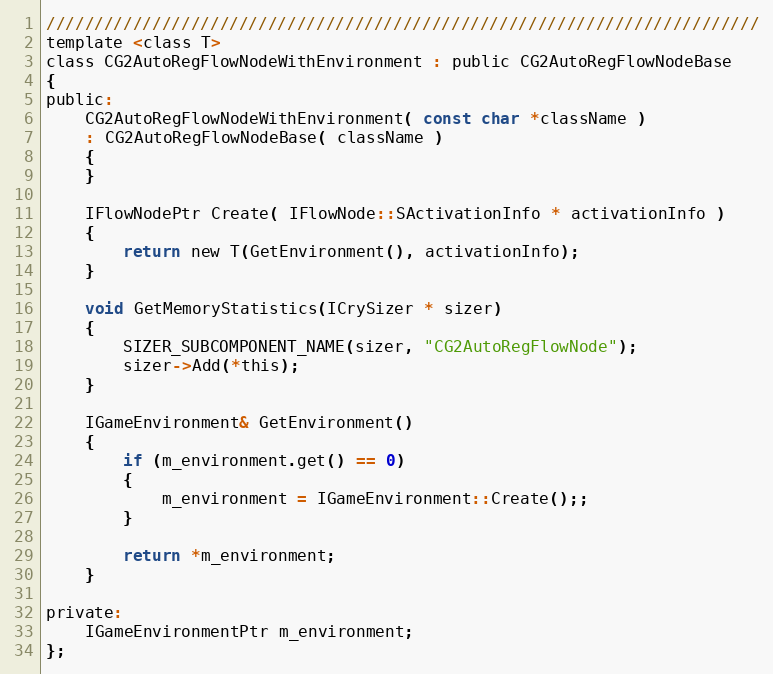
Language: C
//////////////////////////////////////////////////////////////////////////
template <class T>
class CG2AutoRegFlowNodeWithEnvironment : public CG2AutoRegFlowNodeBase
{
public:
	CG2AutoRegFlowNodeWithEnvironment( const char *className )
	: CG2AutoRegFlowNodeBase( className )
	{
	}

	IFlowNodePtr Create( IFlowNode::SActivationInfo * activationInfo )
	{
		return new T(GetEnvironment(), activationInfo);
	}

	void GetMemoryStatistics(ICrySizer * sizer)
	{
		SIZER_SUBCOMPONENT_NAME(sizer, "CG2AutoRegFlowNode");
		sizer->Add(*this);
	}

	IGameEnvironment& GetEnvironment()
	{
		if (m_environment.get() == 0)
		{
			m_environment = IGameEnvironment::Create();;
		}

		return *m_environment;
	}

private:
	IGameEnvironmentPtr m_environment;
};